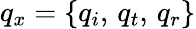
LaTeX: q_{x}=\{ q_{i},\, q_{t},\, q_{r}\}